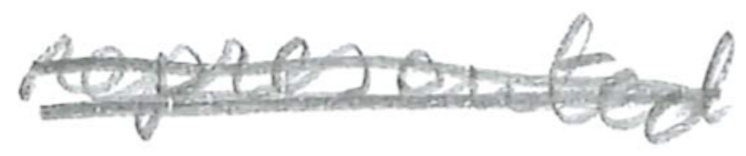
Text: represented
Cross-out: scratch
Writing tool: pencil